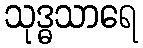
သုဒ္ဓသာရေ